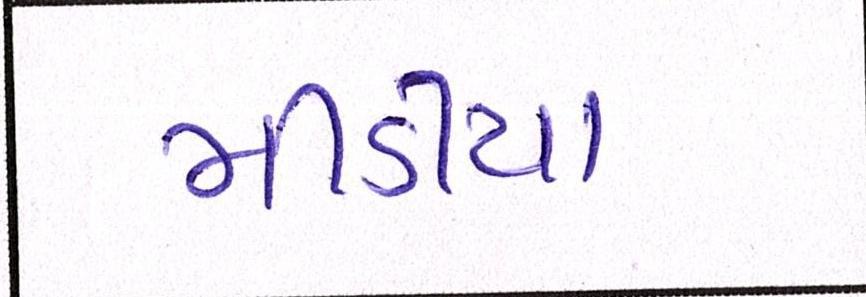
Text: મીડીયા